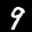
Label: 9